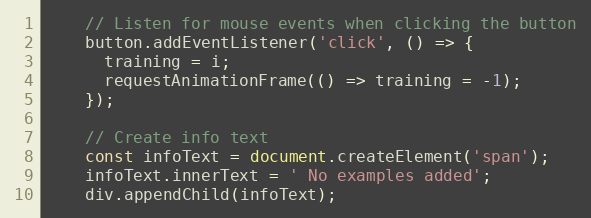
Language: JavaScript
    // Listen for mouse events when clicking the button
    button.addEventListener('click', () => {
      training = i;
      requestAnimationFrame(() => training = -1);
    });

    // Create info text
    const infoText = document.createElement('span');
    infoText.innerText = ' No examples added';
    div.appendChild(infoText);